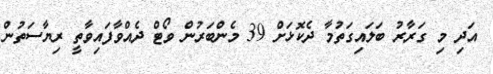
އަދި މި ގަރާރު ބަލައިގަތުމާ ދެކޮޅަށް 39 މެންބަރުން ވޯޓް ދެއްވާފައިވާތީ ރިޔާސަތުން